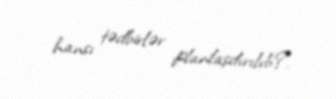
hansı tədbirlər planlaşdırılıb?.